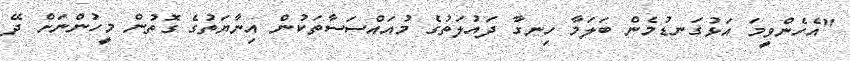
"އެހެންވީމަ އަޅުގަނޑުމެން ބަލަމާ ހިނގާ ދައުލަތުގެ މުއައްސަސާތަކުން އިނާޔަތުގެ ގޮތުން މީހުންނަށް ދޭ